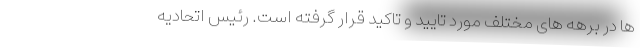
ها در برهه های مختلف مورد تایید و تاکید قرار گرفته است. رئیس اتحادیه